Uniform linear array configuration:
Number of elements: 48
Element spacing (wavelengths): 0.25
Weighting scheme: cosine
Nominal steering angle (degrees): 45
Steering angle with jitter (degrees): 44.181
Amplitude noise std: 0.05
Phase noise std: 0.05

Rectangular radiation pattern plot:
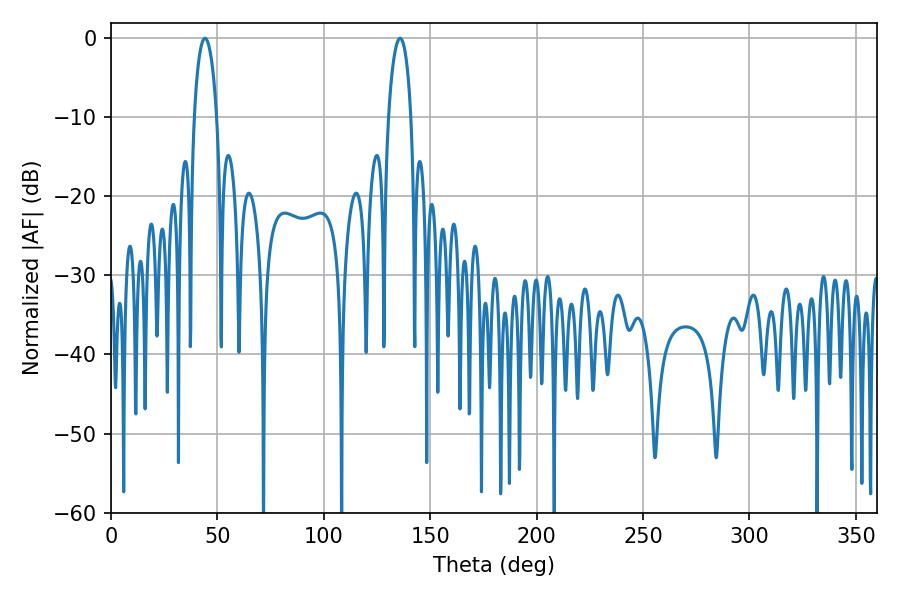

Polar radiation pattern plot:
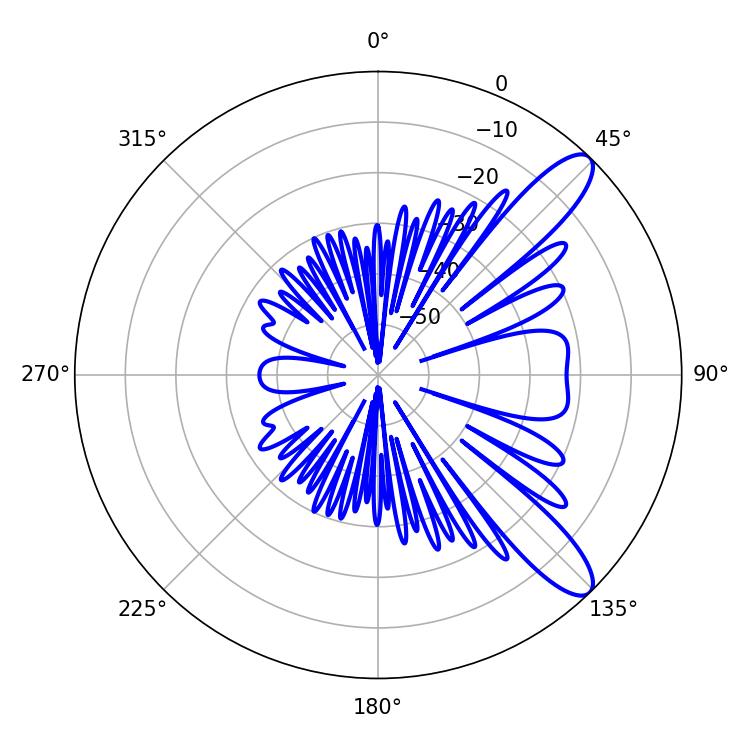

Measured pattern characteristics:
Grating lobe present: FALSE
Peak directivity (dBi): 10.831
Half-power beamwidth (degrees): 5.94
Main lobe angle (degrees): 44.1